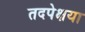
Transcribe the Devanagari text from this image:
तदपेक्षया